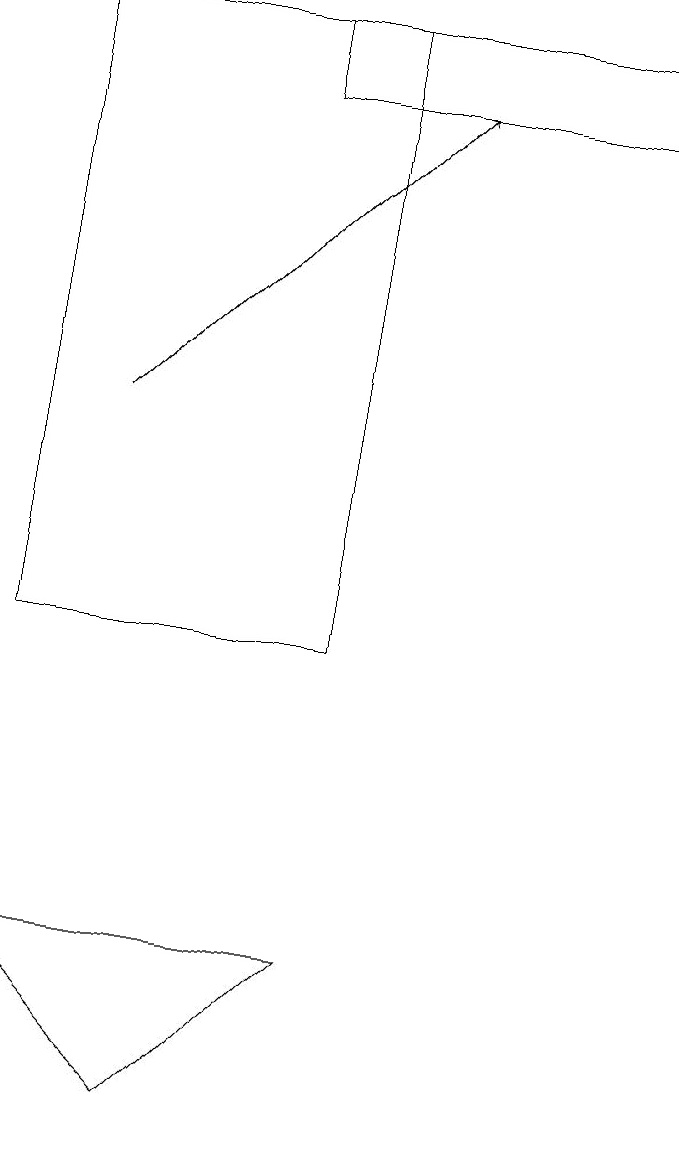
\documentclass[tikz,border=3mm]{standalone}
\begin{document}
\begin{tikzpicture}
\draw[->] (2,14) -- (6,18);
\draw (1,7) -- (5,7) -- (3,5) -- cycle;
\draw (9,19) rectangle (4,18);
\draw (5,12) rectangle (5,14);
\draw (1,19) rectangle (5,11);
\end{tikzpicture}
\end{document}